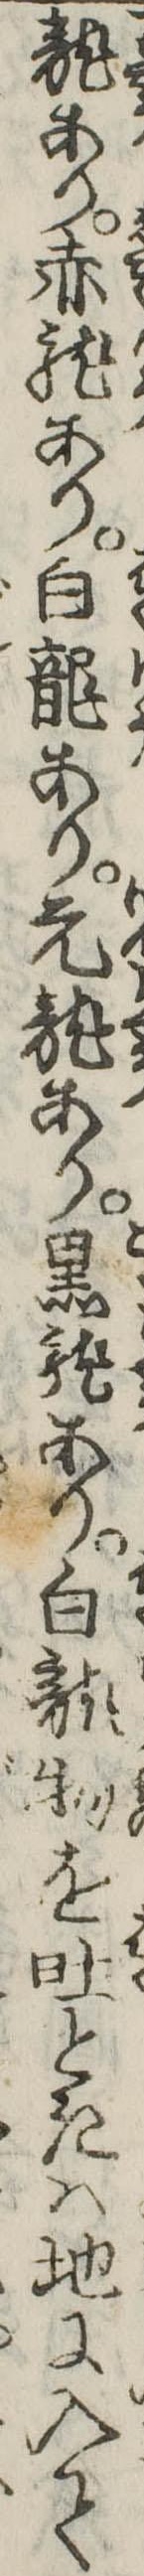
竜あり赤竜あり白竜あり元竜あり黒竜あり白竜物を吐ときは地に入て